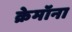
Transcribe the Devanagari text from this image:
क्रेमॉना